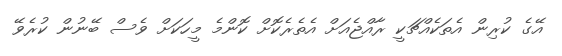
އޭގެ ކުރިން އެތަކެއްޗަކީ ރާއްޖެއަށް އެތެރެކޮށް ކޮންމެ މީހަކަށް ވެސް ބޭނުން ކުރެވޭ